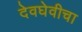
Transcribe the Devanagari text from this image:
देवघेवीचा